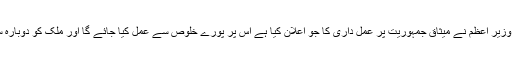
انہوں نے کہا کہ مسلم لیگ (ن) امید کرتی ہے کہ وزیر اعظم نے میثاق جمہوریت پر عمل داری کا جو اعلان کیا ہے اس پر پورے خلوص سے عمل کیا جائے گا اور ملک کو دوبارہ سیاسی محاذ آرائی کی طرف نہیں دھکیلا جائے گا۔